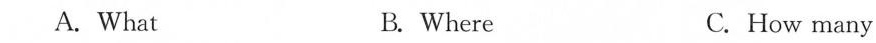
A.What B. Where C. How many